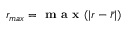
r _ { m a x } = \textbf { m a x } ( | r - \bar { r } | )